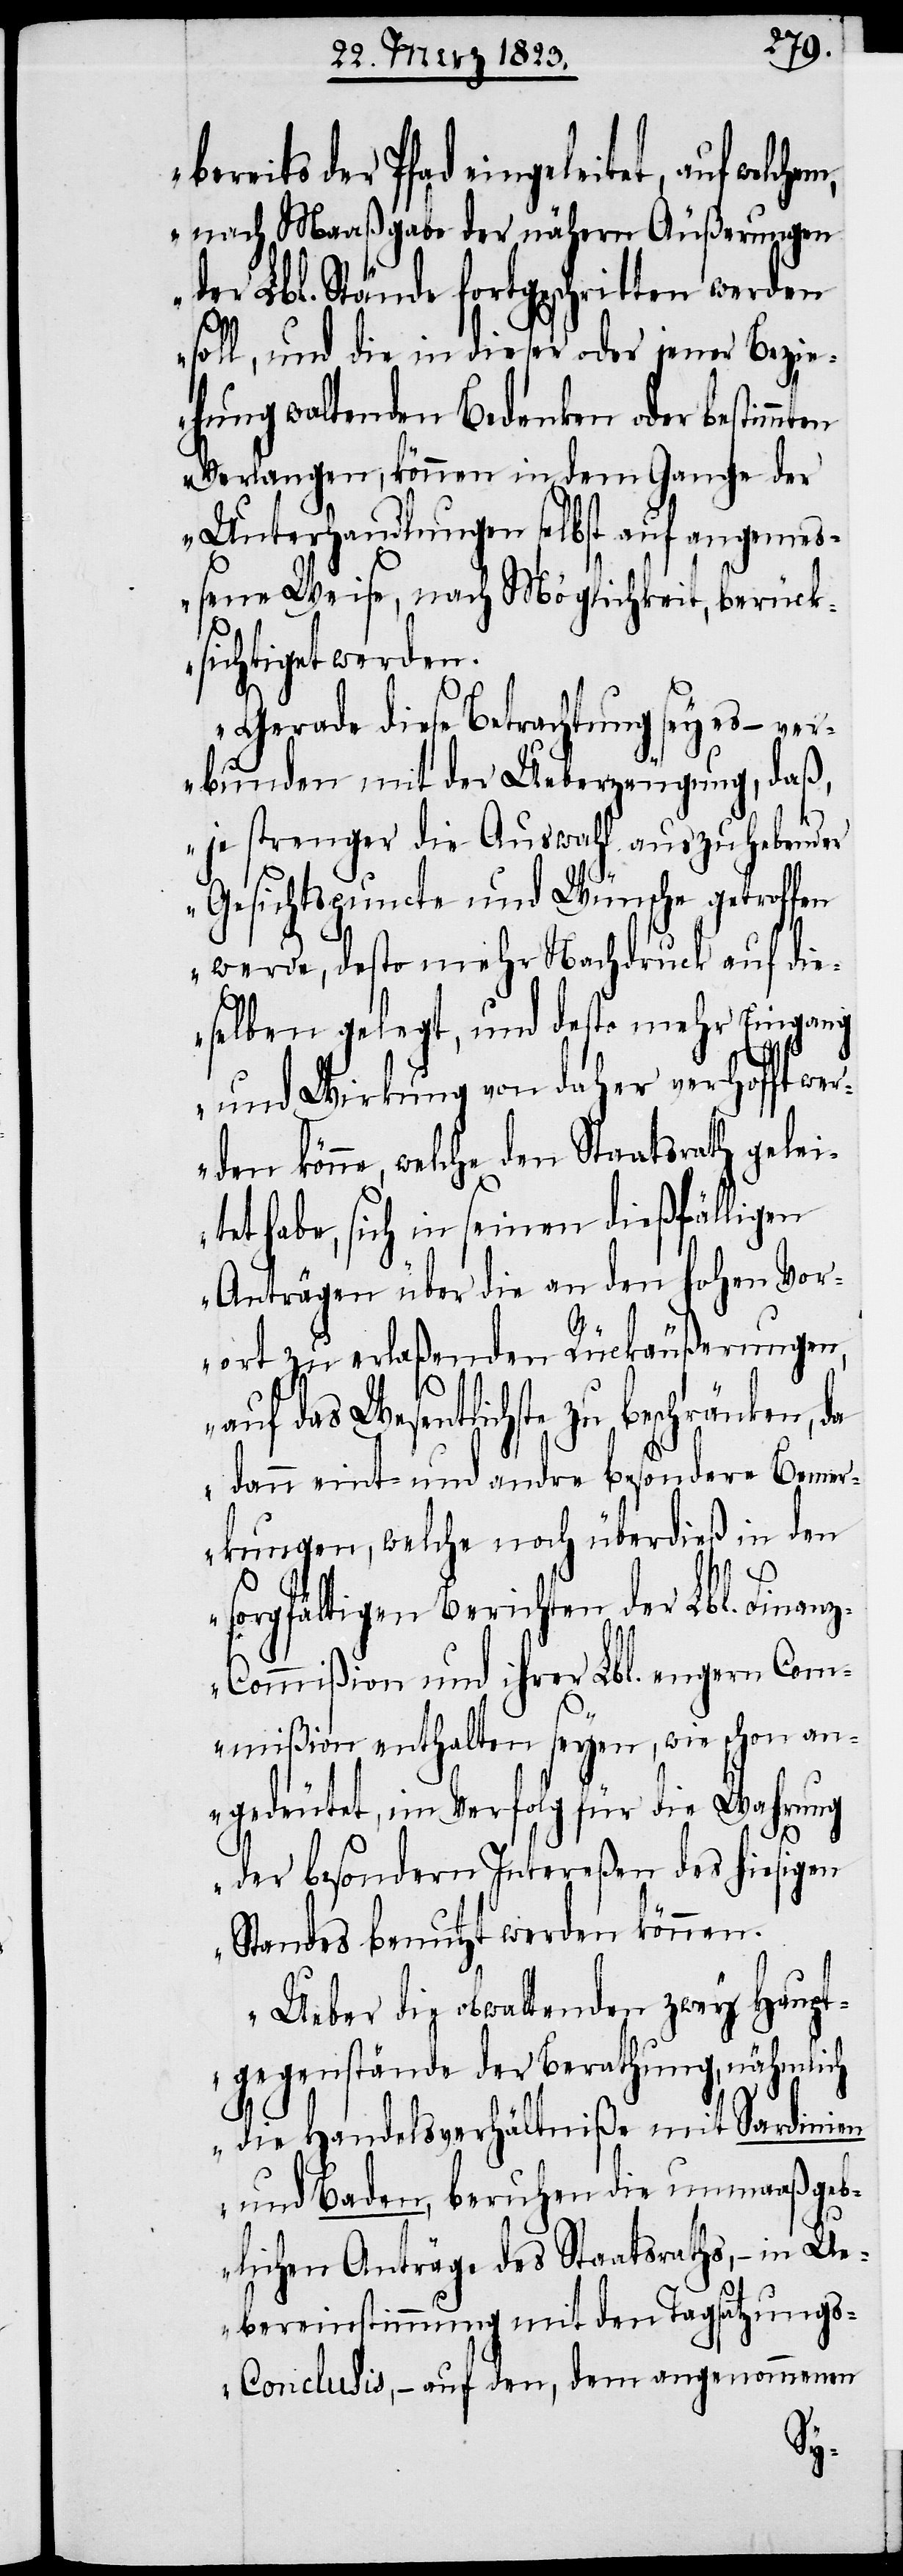
bereits der Pfad eingeleitet, auf welch¬
nach Maaßgabe der nähern Äußerungen
der Lbl. Stände fortgeschritten werden
soll, und die in dieser oder jener Bezie¬
hung waltenden Bedenken oder bestimm¬
Verlangen, können in dem Gange der
Unterhandlungen selbst auf angeme¬
ßene Weise, nach Möglichkeit, berück¬
sichtiget werden.
Gerade diese Betrachtung sey es – ve¬
rbunden mit der Ueberzeugung, daß,
je strenger die Auswahl auszuhebender
Gesichtspuncte und Wünsche getroffen
werde, desto mehr Nachdruck auf die¬
selben gelegt, und desto mehr Eingang
und Wirkung von daher verhofft we¬
rden könne, welche den Staatsrath geleit¬
et habe, sich in seinen dießfälligen
Anträgen über die an den hohen Vor¬
ort zu erlaßenden Rückäußerungen,
auf das Wesentlichste zu beschränken,
dann eint- und andre besondere Bemer¬
kungen, welche noch überdieß in den
em,
sorgfältigen Berichten der Lbl. Finan¬
z-Commißion und ihrer Lbl. engern Com¬
mißion enthalten seyen, wie schon an¬
gedeutet, im Verfolg für die Wahrung
der besondern Intereßen des hiesigen
Standes benutzt werden können.
Ueber die obwaltenden zwey Haupt¬
gegenstände der Berathung, nähmlich
die Handelsverhältniße mit Sardinien
und Baden, beruhen die unmaaßgeb¬
lichen Anträge des Staatsraths, – in
Uebereinstimmung mit den Tagsatzung¬
s-Conclusis, – auf den, dem angenommenen
ten